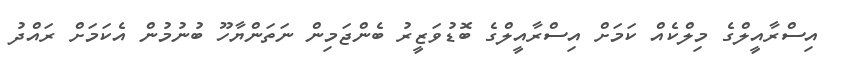
އިސްރާއީލްގެ މިލްކެއް ކަމަށް އިސްރާއީލްގެ ބޮޑުވަޒީރު ބެންޖަމިން ނަތަންޔާހޫ ބުނުމުން އެކަމަށް ރައްދު